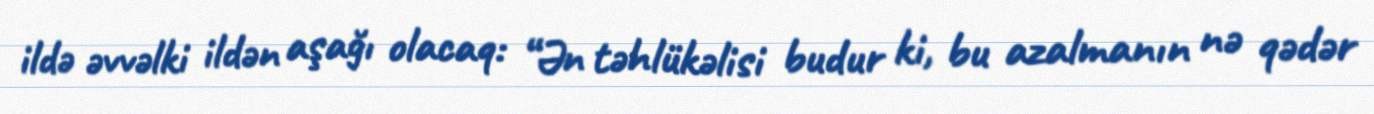
ildə əvvəlki ildən aşağı olacaq: “Ən təhlükəlisi budur ki, bu azalmanın nə qədər